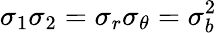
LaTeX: \sigma_{1}\sigma_{2}=\sigma_{r}\sigma_{\theta}=\sigma_{b}^{2}